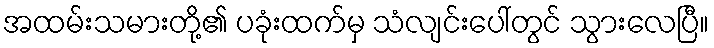
အထမ်းသမားတို့၏ ပခုံးထက်မှ သံလျင်းပေါ်တွင် သွားလေပြီ။